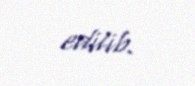
edilib.